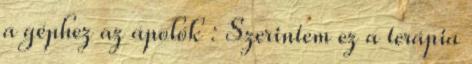
a géphez az ápolók : Szerintem ez a terápia